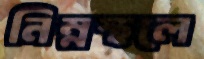
নিম্নস্থলে